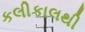
કલીકાલથી